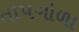
તોપગોળા